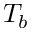
T _ { b }